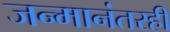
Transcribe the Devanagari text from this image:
जन्मानंतरही